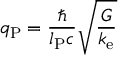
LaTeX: q _ { \mathrm { P } } = { \frac { \hbar } { l _ { \mathrm { P } } c } } { \sqrt { \frac { G } { k _ { \mathrm { e } } } } }